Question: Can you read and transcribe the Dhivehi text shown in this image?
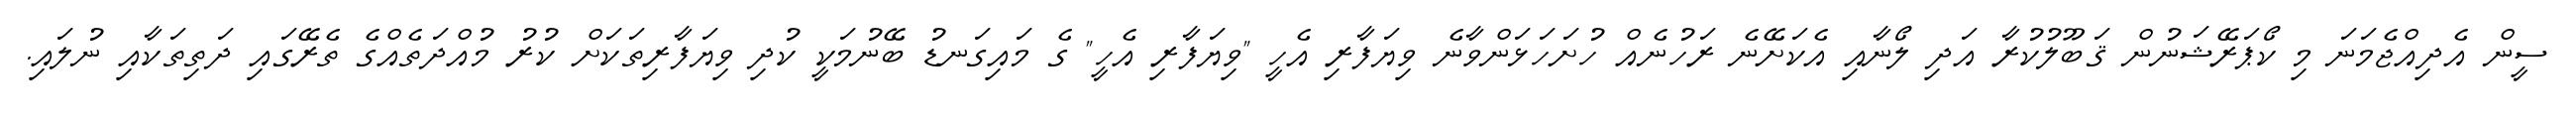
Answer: ސީން އެދިއްޖެމަނަ މި ކޯޕަރޭޝަނުން ޤަބޫލުކުރާ އަދި ލޯނާއި އެކަށޭނެ ރަހުނެއް ހުށަހަޅަންވާނެ ވިޔަފާރި އެހީ "ވިޔަފާރި އެހީ" ގެ މައިގަނޑު ބޭނުމަކީ ކުދި ވިޔަފާރިތަކަށް ކުރު މުއްދަތެއްގެ ތެރޭގައި ދަތިތަކާއި ނުލައި.